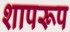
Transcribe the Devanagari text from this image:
शापरूप